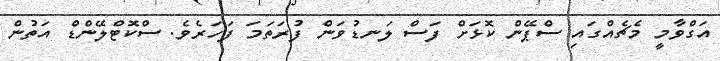
އަގްވާމީ މެޗެއްގައި ސްޕޭން ކޮޅަށް ފަސް ލަނޑުވަން ފުރަތަމަ ފަހަރެވެ. ސްކޮޓްލޭންޑް އަތުން